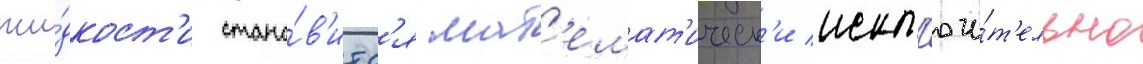
жи́дкост'и стано́в'итс'я мат'емат'ическ'и искл'ючи́т'ельно